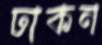
ঢাকন